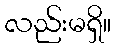
လည်းမရှိ။